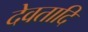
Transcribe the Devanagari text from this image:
देवतादि